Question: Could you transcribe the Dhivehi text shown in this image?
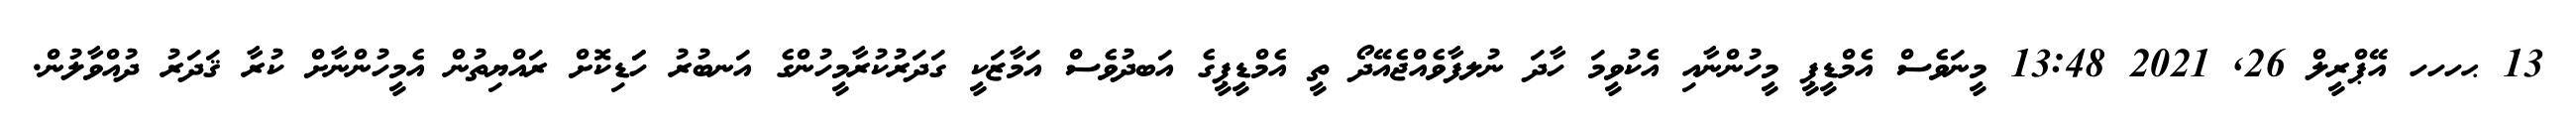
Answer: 13 ޙހހހ އޭޕްރީލް 26, 2021 13:48 މީނަވެސް އެމްޑީޕީ މީހުންނާއި އެކުވީމަ ހާދަ ނުލފާވެއްޖެއޭދޯ ތީ އެމްޑީޕީގެ އަބދުވެސް އަމާޒަކީ ގަދަރުކުރާމީހުންގެ އަނބުރު ހަަޑިކޮށް ރައްޔިތުން އެމީހުންނާށް ކުރާ ޤަދަރު ދުއްވާލުން.